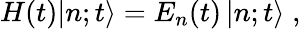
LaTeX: H(t)|n;t\rangle=E_{n}(t)\, |n;t\rangle\; ,